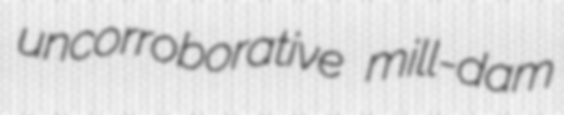
uncorroborative mill-dam